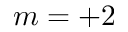
m = + 2